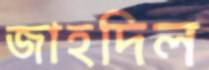
জাহদিল